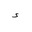
Letter: _hamza